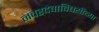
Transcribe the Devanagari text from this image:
नवरदेवाविषयीच्या